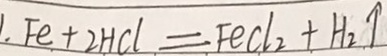
\cdot F e + 2 H C l = F e C l _ { 2 } + H _ { 2 } \uparrow